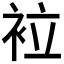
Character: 𧙀